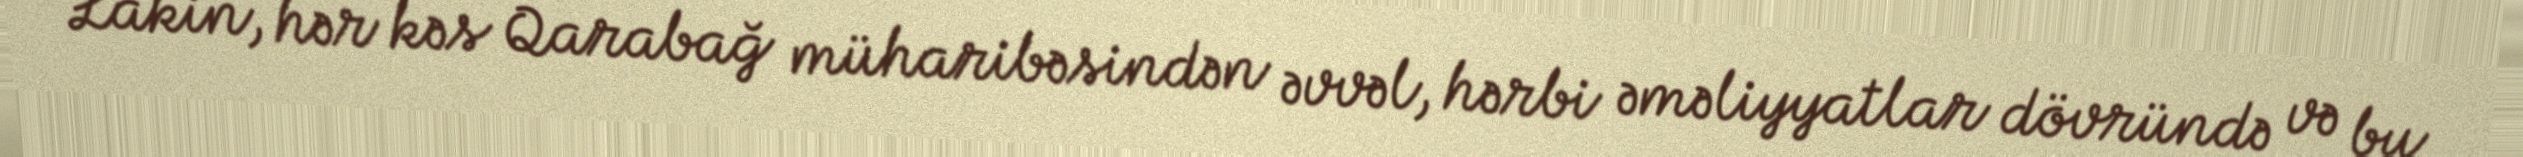
Lakin, hər kəs Qarabağ müharibəsindən əvvəl, hərbi əməliyyatlar dövründə və bu